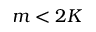
m < 2 K